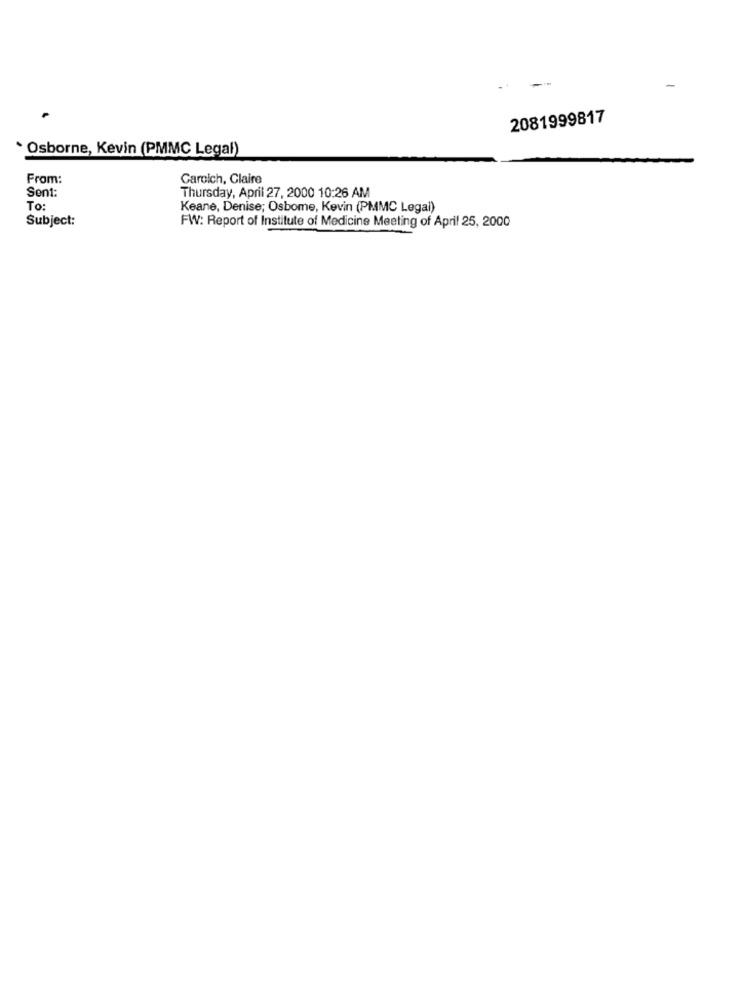
-
2081999817
· Osborne, Kevin (PMMC Legal)
From:
Caroich, Claire
Sent:
Thursday, April 27, 2000 10:26 AM
To:
Keane, Denise; Osbome, Kevin (PMMC Legal)
Subject:
FW: Report of Institute of Medicine Meeting of April 25, 2000